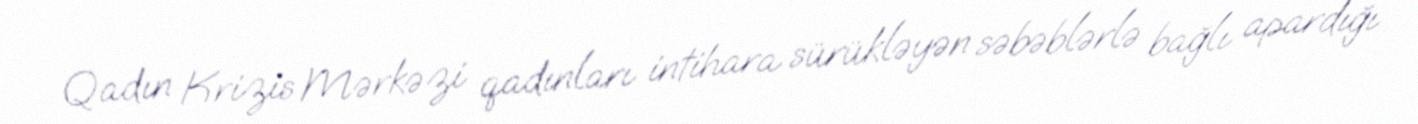
Qadın Krizis Mərkəzi qadınları intihara sürükləyən səbəblərlə bağlı apardığı